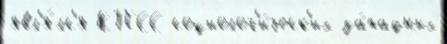
явл'я́лс'я КПСС социолог'и́ческ'их за́падных